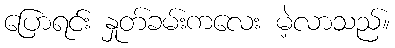
ပြောရင်း နှုတ်ခမ်းကလေး မဲ့လာသည်။